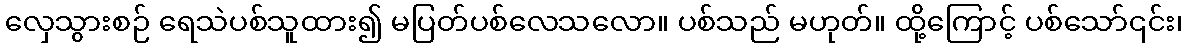
လှေသွားစဉ် ရေသဲပစ်သူထား၍ မပြတ်ပစ်လေသလော။ ပစ်သည် မဟုတ်။ ထို့ကြောင့် ပစ်သော်၎င်း၊